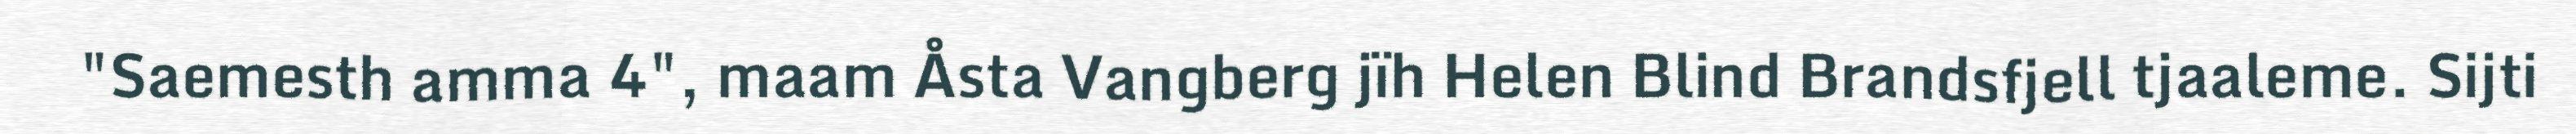
"Saemesth amma 4", maam Åsta Vangberg jïh Helen Blind Brandsfjell tjaaleme. Sijti